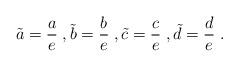
LaTeX: \begin{align*}\tilde{a} = \frac{a}{e} \;, \tilde{b} = \frac{b}{e} \;, \tilde{c} = \frac{c}{e} \;, \tilde{d} = \frac{d}{e} \;.\end{align*}